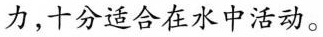
力，十分适合在水中活动。